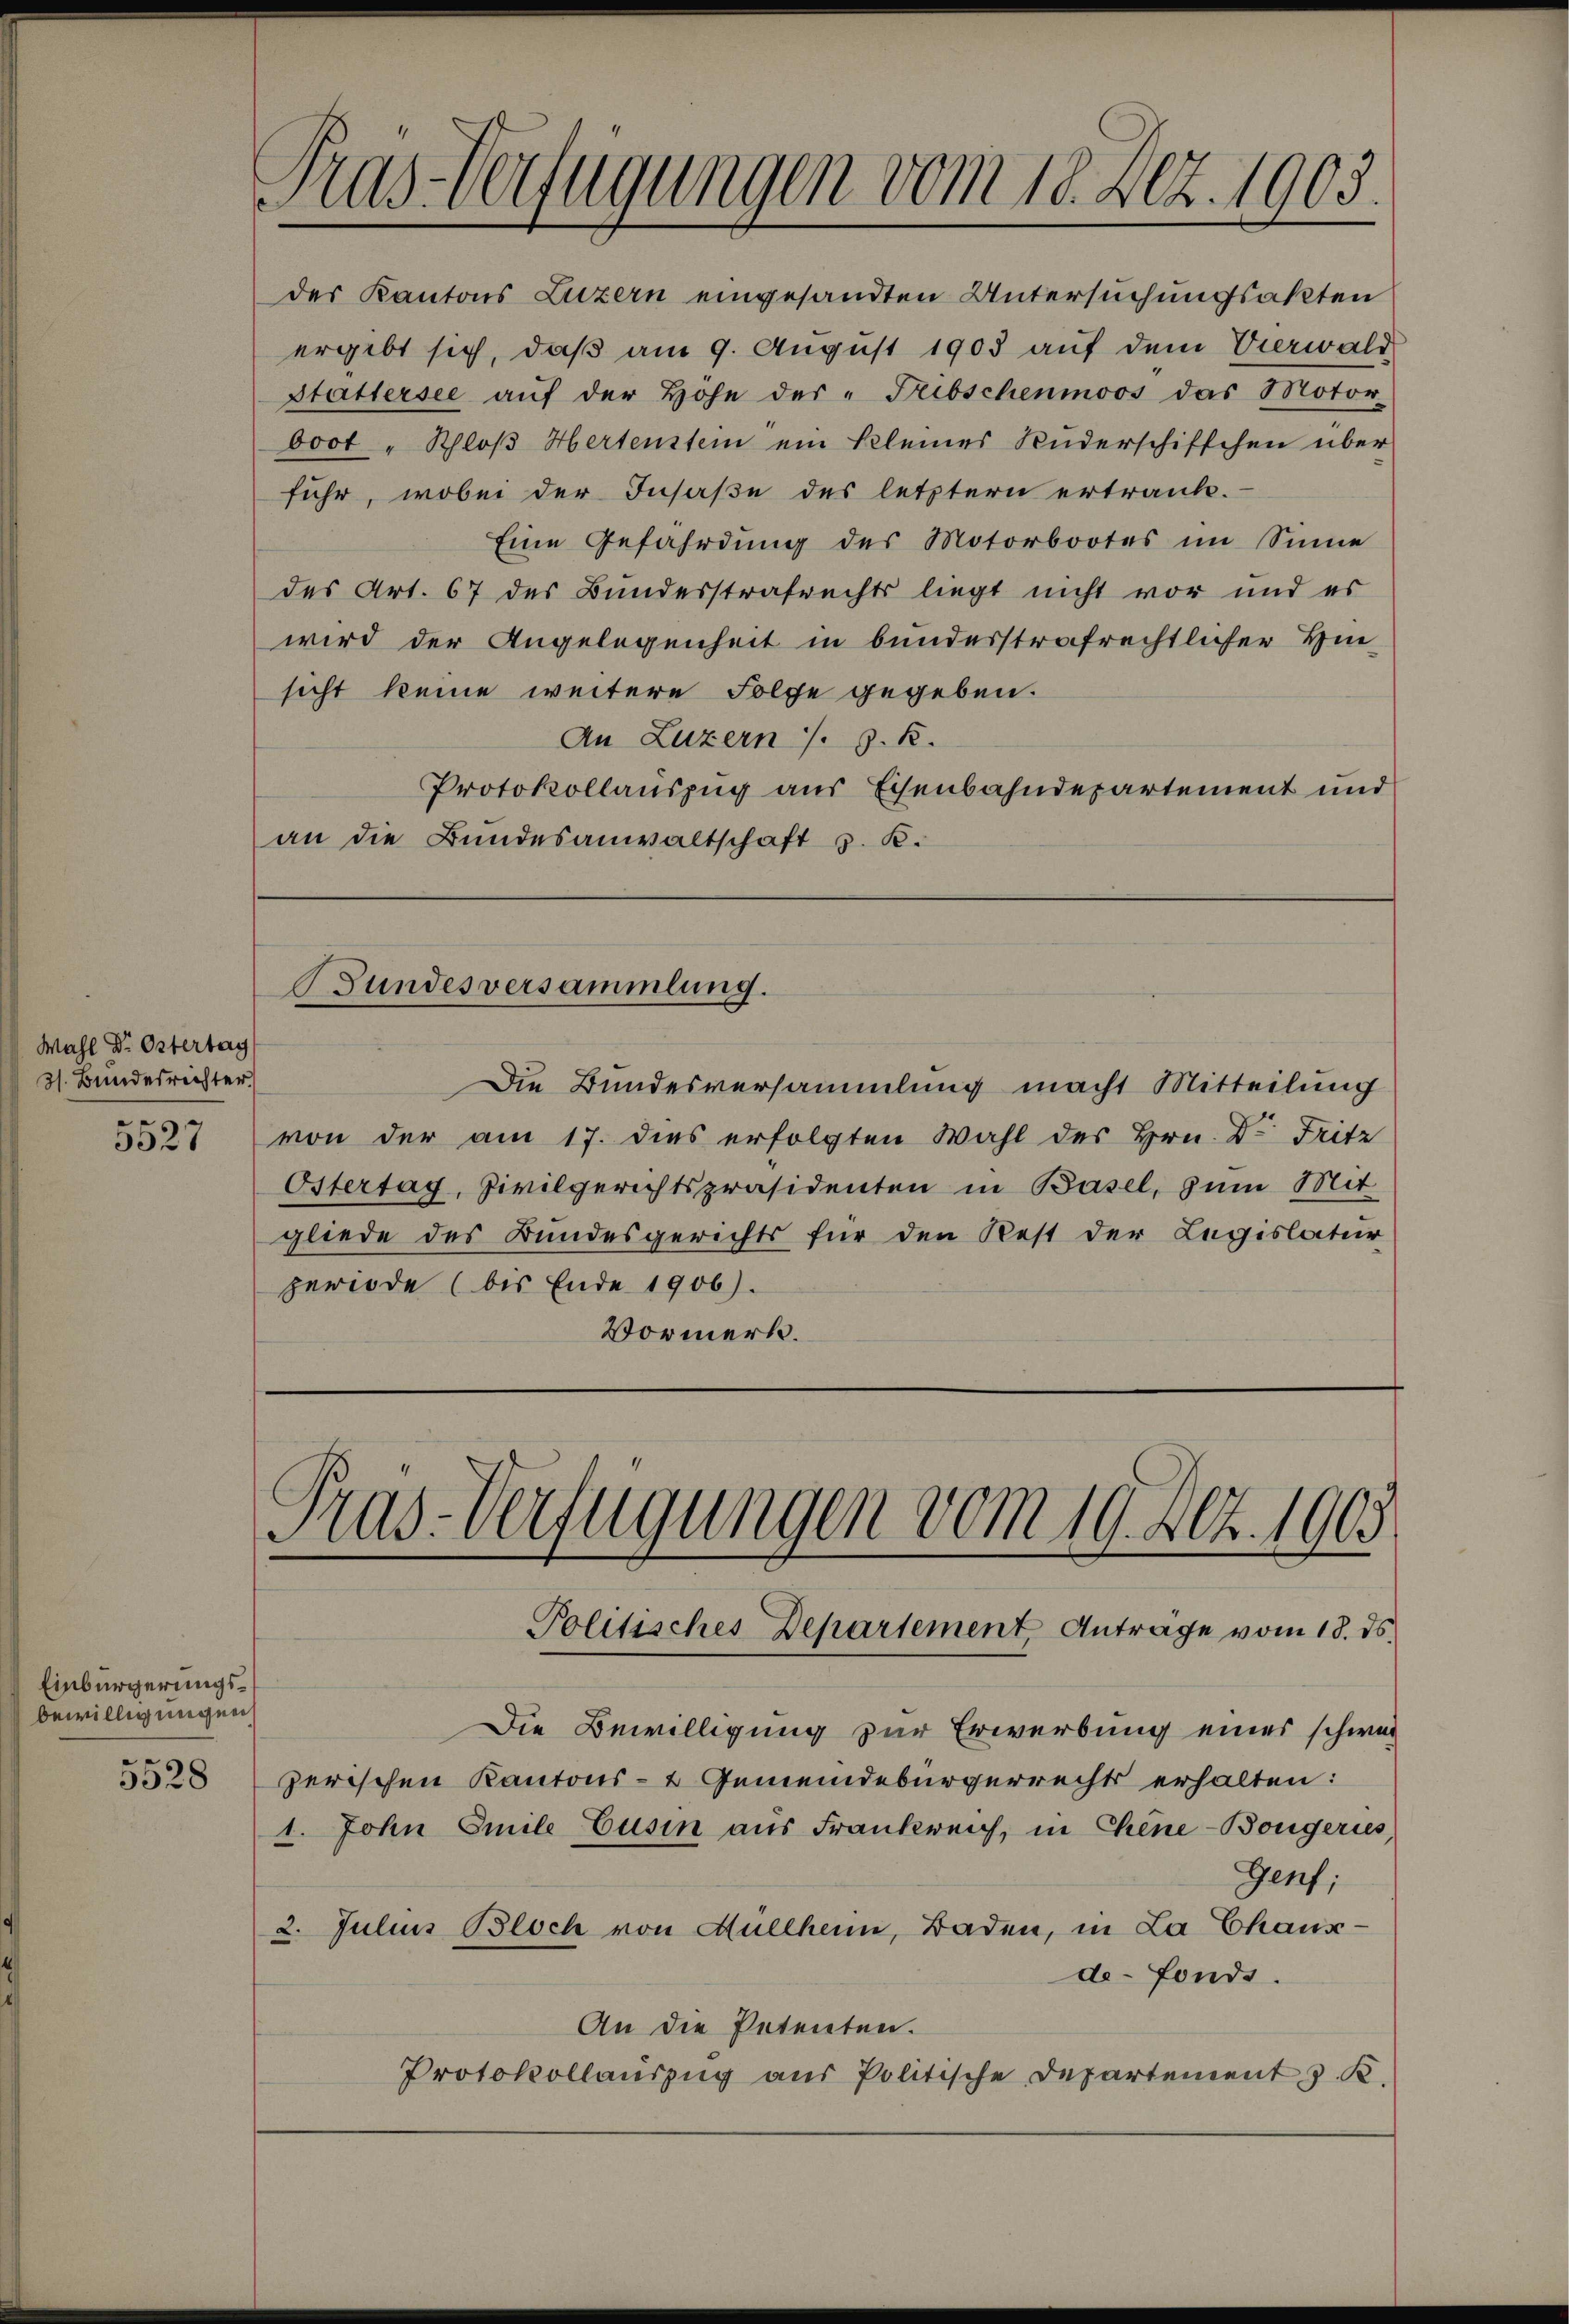
Pras-Verfügungen vom 18. Dez. 1903.

Wahl Dr. Ostertag
3. Bundesrichter
5527

Bundesversammlung.

des Kantons Luzern eingesandten Untersuchungsakten
ergibt sich, daß am 9. August 1903 auf dem Verwald
Stattersee aŭf der Hohe der Freibschenmoos das Motor-
boot "Schloβ Hertenstein ein kleines Rüderschiffchen über

fuhr, wobei der Insaße des letztern ertraut.
Eine Gefährdung des Motorbootes im Sinne
des Art. 67 des Bundesstrafrechts liegt nicht vor und es
wird der Angelegenheit in bundesstrafrechtlicher Hin-
sicht keine weitere Folge gegeben.
An Luzern /. z. B.
Protokollauszug aus Eisenbahndepartement und
an die Bundesanwaltschaft z. K.

Die Bundesversammlung macht Mitteilung
von der am 17. dies erfolgten Wahl des Hrn. Dr. Fritz
Östertag, Zivilgerichtspräsidenten in Basel, zum Mit
gliede des Bundesgerichts für den Rest der Legislatur
periode (bis Ende 1906).
Vormerk.

Tras-Verfügungen vom 19. 462. 1903
Politisches Departement Anträge vom 18. ds.

Einbürgerungsbewilligungen
5528

zerischen Kantons- & Gemeindebürgerrechts erhalten:
1. John Emile Eusin aus Frankreich, in Chine-Bongerus,

Die Bewilligung zur Erwerbung eines schwei
Genf;
2. Julius Bloch von Müllheim, Baden, in La Chaux-
de-Fonds.
An die Petenten.
Protokollauszug aus Politische Departement z. K.